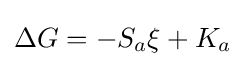
\Delta G=-S_{a}\xi +K_{a}